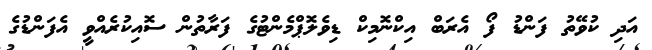
އަދި ކުވޭތު ފަންޑު ފޯ އެރަބް އިކްނޮމިކް ޑިވެލޮޕްމެންޓުގެ ފަރާތުން ސޮއިކުރެއްވީ އެފަންޑުގެ